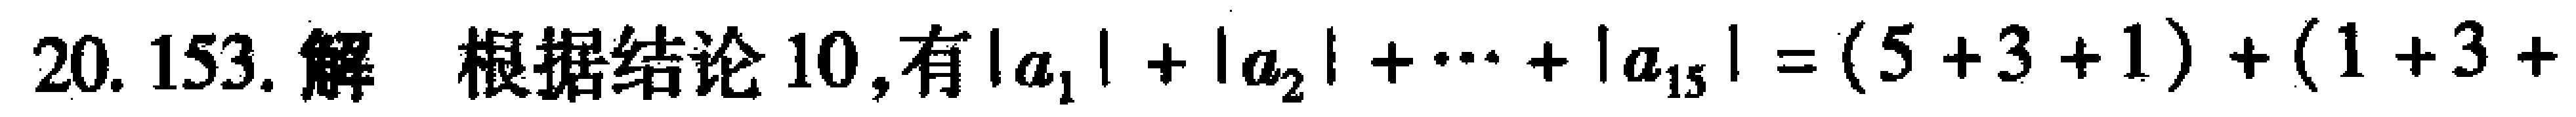
20. 153. 解 根据结论 10, 有\(\vert a_{1}\vert+\vert a_{2}\vert+\cdots+\vert a_{15}\vert=(5 + 3 + 1)+(1 + 3+\)